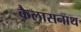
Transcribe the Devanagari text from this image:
कैलासनाथ